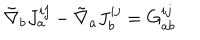
LaTeX: { \tilde { \nabla } } _ { b } J _ { a } ^ { i j } - { \tilde { \nabla } } _ { a } J _ { b } ^ { i j } = G _ { a b } ^ { i j }